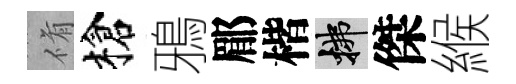
脩槍鴉郿楷拂傑緱